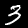
Label: 3